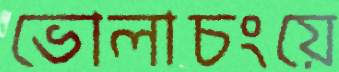
ভোলাচংয়ে